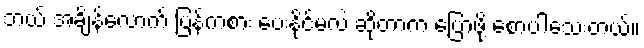
ဘယ် အချိန်လောက် ပြန်ကစား ပေးနိုင်မလဲ ဆိုတာက ပြောဖို့ စောပါသေးတယ်။